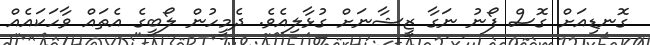
ގޮނޑިއަށް ގޮސް ފޯނު ނަގާ ޒީޝާނަށް ގުޅާލިއެވެ. ދެމީހުން ލޯބީގެ އެތައް ވާހަކައެއް